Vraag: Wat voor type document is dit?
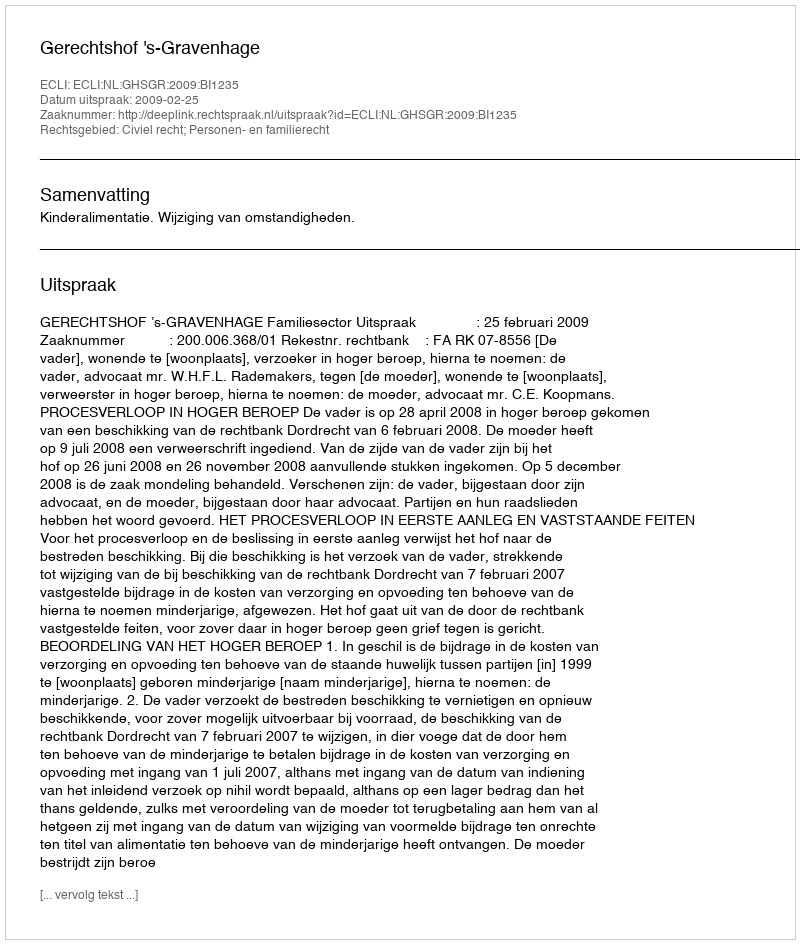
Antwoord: Uitspraak